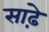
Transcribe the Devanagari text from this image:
साढ़़ेे